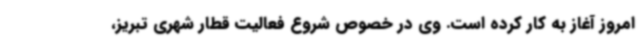
امروز آغاز به کار کرده است. وی در خصوص شروع فعالیت قطار شهری تبریز،